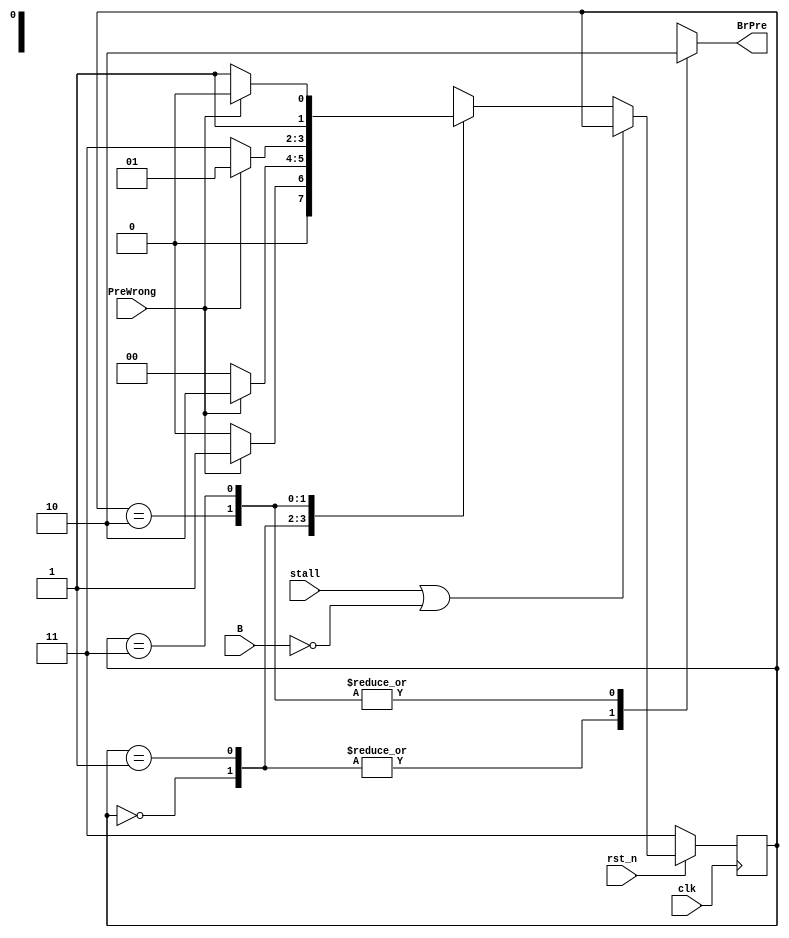
module PredictionUnit
(
	input      clk,     //clock
	input      rst_n,   //active-low reset
	input      stall,   //stall from cache or hazard
	input      PreWrong,//miss prediction from comparator, 1 = miss prediction, 0 = correct prediction
	input      B,       //branch signal, if high means instruction is beq or bne
	output reg BrPre    //1 = branch taken, 0 = branch not taken
);
//params
parameter TAKEN_DEEP = 0, TAKEN = 1, NOT_TAKEN = 2, NOT_TAKEN_DEEP = 3;
//regs===============================
reg [1:0] Q_NOW, Q_NEXT;

//combinational======================
/*BrPre logic*/
always@(*)begin
	case(Q_NOW)
		TAKEN_DEEP:     BrPre = 1;
		TAKEN:          BrPre = 1;
		NOT_TAKEN:      BrPre = 0;
		NOT_TAKEN_DEEP: BrPre = 0;
	endcase
end
/*Q_NEXT logic*/
always@(*)begin
	if(~rst_n) Q_NEXT = NOT_TAKEN_DEEP;
	else if(stall | ~B) Q_NEXT = Q_NOW;
	else begin
		case(Q_NOW)
			TAKEN_DEEP:     Q_NEXT = (PreWrong) ? TAKEN : TAKEN_DEEP;
			TAKEN:          Q_NEXT = (PreWrong) ? NOT_TAKEN : TAKEN_DEEP;
			NOT_TAKEN:      Q_NEXT = (PreWrong) ? TAKEN : NOT_TAKEN_DEEP;
			NOT_TAKEN_DEEP: Q_NEXT = (PreWrong) ? NOT_TAKEN : NOT_TAKEN_DEEP;
		endcase
	end
end

//sequential=========================
always@(posedge clk)begin
	Q_NOW <= Q_NEXT;
end

endmodule